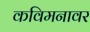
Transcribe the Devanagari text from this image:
कविमनावर